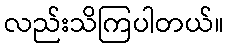
လည်းသိကြပါတယ်။